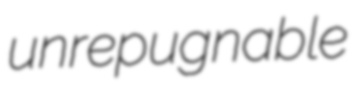
unrepugnable